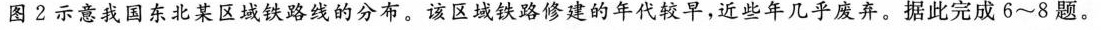
图2示意我国东北某区域铁路线的分布。该区域铁路修建的年代较早，近些年几乎废弃。据此完成6~8题。